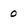
Character: 0